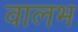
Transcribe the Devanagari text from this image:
वालभ